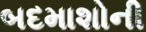
બદમાશોની